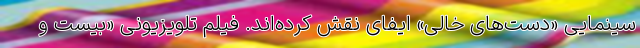
سینمایی «دست‌های خالی» ایفای نقش کرده‌اند. فیلم تلویزیونی «بیست و